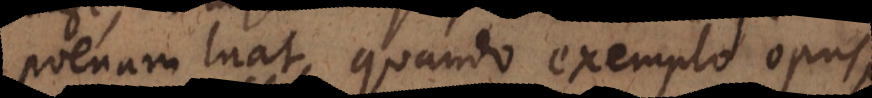
poenam luat, quando exemplo opus